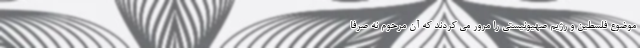
موضوع فلسطین و رژیم صهیونیستی را مرور می کردند که آن مرحوم نه صرفا